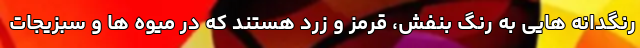
رنگدانه هایی به رنگ بنفش، قرمز و زرد هستند که در میوه ها و سبزیجات